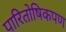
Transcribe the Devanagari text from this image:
पारितोषिकपण